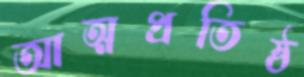
আত্মপ্রতিষ্ঠ